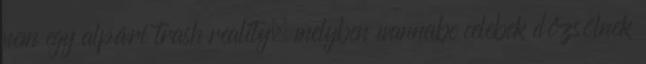
nem egy alpári trash reality, melyben wannabe celebek dőzsölnek